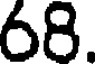
68.